Report on plague in the Punjab from October 1st ... to September 30th ..., being the ... season of plague in the province
Disease focus: Plague
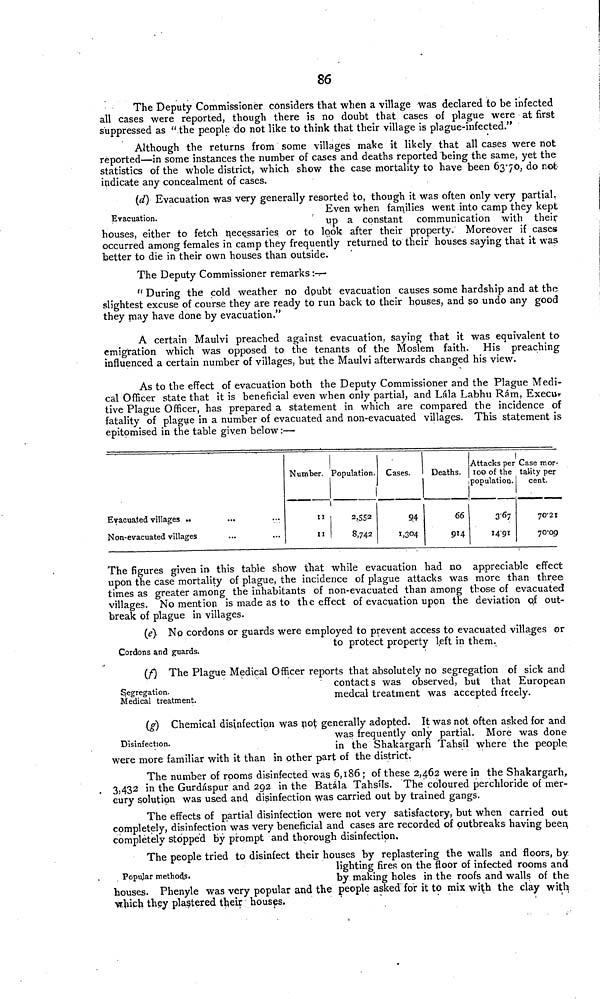
86
The Deputy Commissioner considers that when a village was declared to be infected
all cases were reported, though there is no doubt that cases of plague were at first
suppressed as "the people do not like to think that their village is plague-infected."
Although the returns from some villages make it likely that all cases were not
reported—in some instances the number of cases and deaths reported being the same, yet the
statistics of the whole district, which show the case mortality to have been 63'70, do not
indicate any concealment of cases.
Evacuation.
(d) Evacuation was very generally resorted to, though it was often only very partial.
Even when families went into camp they kept
up a constant communication with their
houses, either to fetch necessaries or to look after their property. Moreover if cases
occurred among females in camp they frequently returned to their houses saying that it was
better to die in their own houses than outside.
The Deputy Commissioner remarks :—
" During the cold weather no doubt evacuation causes some hardship and at the
slightest excuse of course they are ready to run back to their houses, and so undo any good
they may have done by evacuation."
A certain Maulvi preached against evacuation, saying that it was equivalent to
emigration which was opposed to the tenants of the Moslem faith. His preaching
influenced a certain number of villages, but the Maulvi afterwards changed his view.
As to the effect of evacuation both the Deputy Commissioner and the Plague Medi-
cal Officer state that it is beneficial even when only partial, and Lála Labhu Rám, Execu-
tive Plague Officer, has prepared a statement in which are compared the incidence of
fatality of plague in a number of evacuated and non-evacuated villages. This statement is
epitomised in the table given below:—
Evacuated villages ..
Non-evacuated villages
Nurnber.
11
11
Population.
2,552
8,742
Cases.
1,304
Deaths.
66
914
Attacks per
100 of the
population.
14'91
Case mor-
tality per
cent.
70'21
70'09
The figures given in- this table show that while evacuation had no appreciable effect
upon the case mortality of plague, the incidence of plague attacks was more than three
times as greater among the inhabitants of non-evacuated than among those of evacuated
villages. No mention is made as to the effect of evacuation upon the deviation of out-
break of plague in villages.
Cordons a.nd guards.
(e) No cordons or guards were employed to prevent access to evacuated villages or
to protect property l,eft in them.
Segregation.
Medical treatment.
(f) The Plague Medical Officer reports that absolutely no segregation of sick and
contacts was observed, but that European
medcal treatment was accepted freely.
Disinfection.
(g) Chemical disinfection was not generally adopted. It was not often asked for and
was frequently only partial. More was done
in the Shakargarh Tahsíl where the people
were more familiar with it than in other part of the district.
The number of rooms disinfected was 6,186; of these 2,462 were in the Shakargarh,
3,432 in the Gurdáspur and 292 in the Batala Tahsíls. The coloured perchloride of mer-
cury solution was used and disinfection was carried out by trained gangs.
The effects of partial disinfection were not very satisfactory, but when carried out
completely, disinfection was very beneficial and cases are recorded of outbreaks having been,
completely stopped by prompt and thorough disinfection.
Popular methods.
The people tried to disinfect their houses by replastering the walls and floors, by
lighting fires on the floor of infected rooms and
by making holes in the roofs and walls of the
houses. Phenyle was very popular and the people asked for it to mix with the clay with
which they plastered their houses.